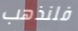
فلنذهب